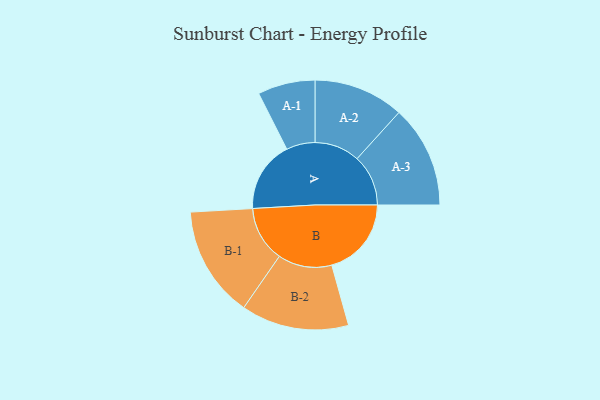
{"axis": {"x": "Segment", "y": "Value"}, "legend": ["", "A", "B"], "data": [{"x": "A", "y": 285, "type": ""}, {"x": "B", "y": 319, "type": ""}, {"x": "A-1", "y": 115, "type": "A"}, {"x": "A-2", "y": 181, "type": "A"}, {"x": "A-3", "y": 205, "type": "A"}, {"x": "B-1", "y": 223, "type": "B"}, {"x": "B-2", "y": 216, "type": "B"}]}